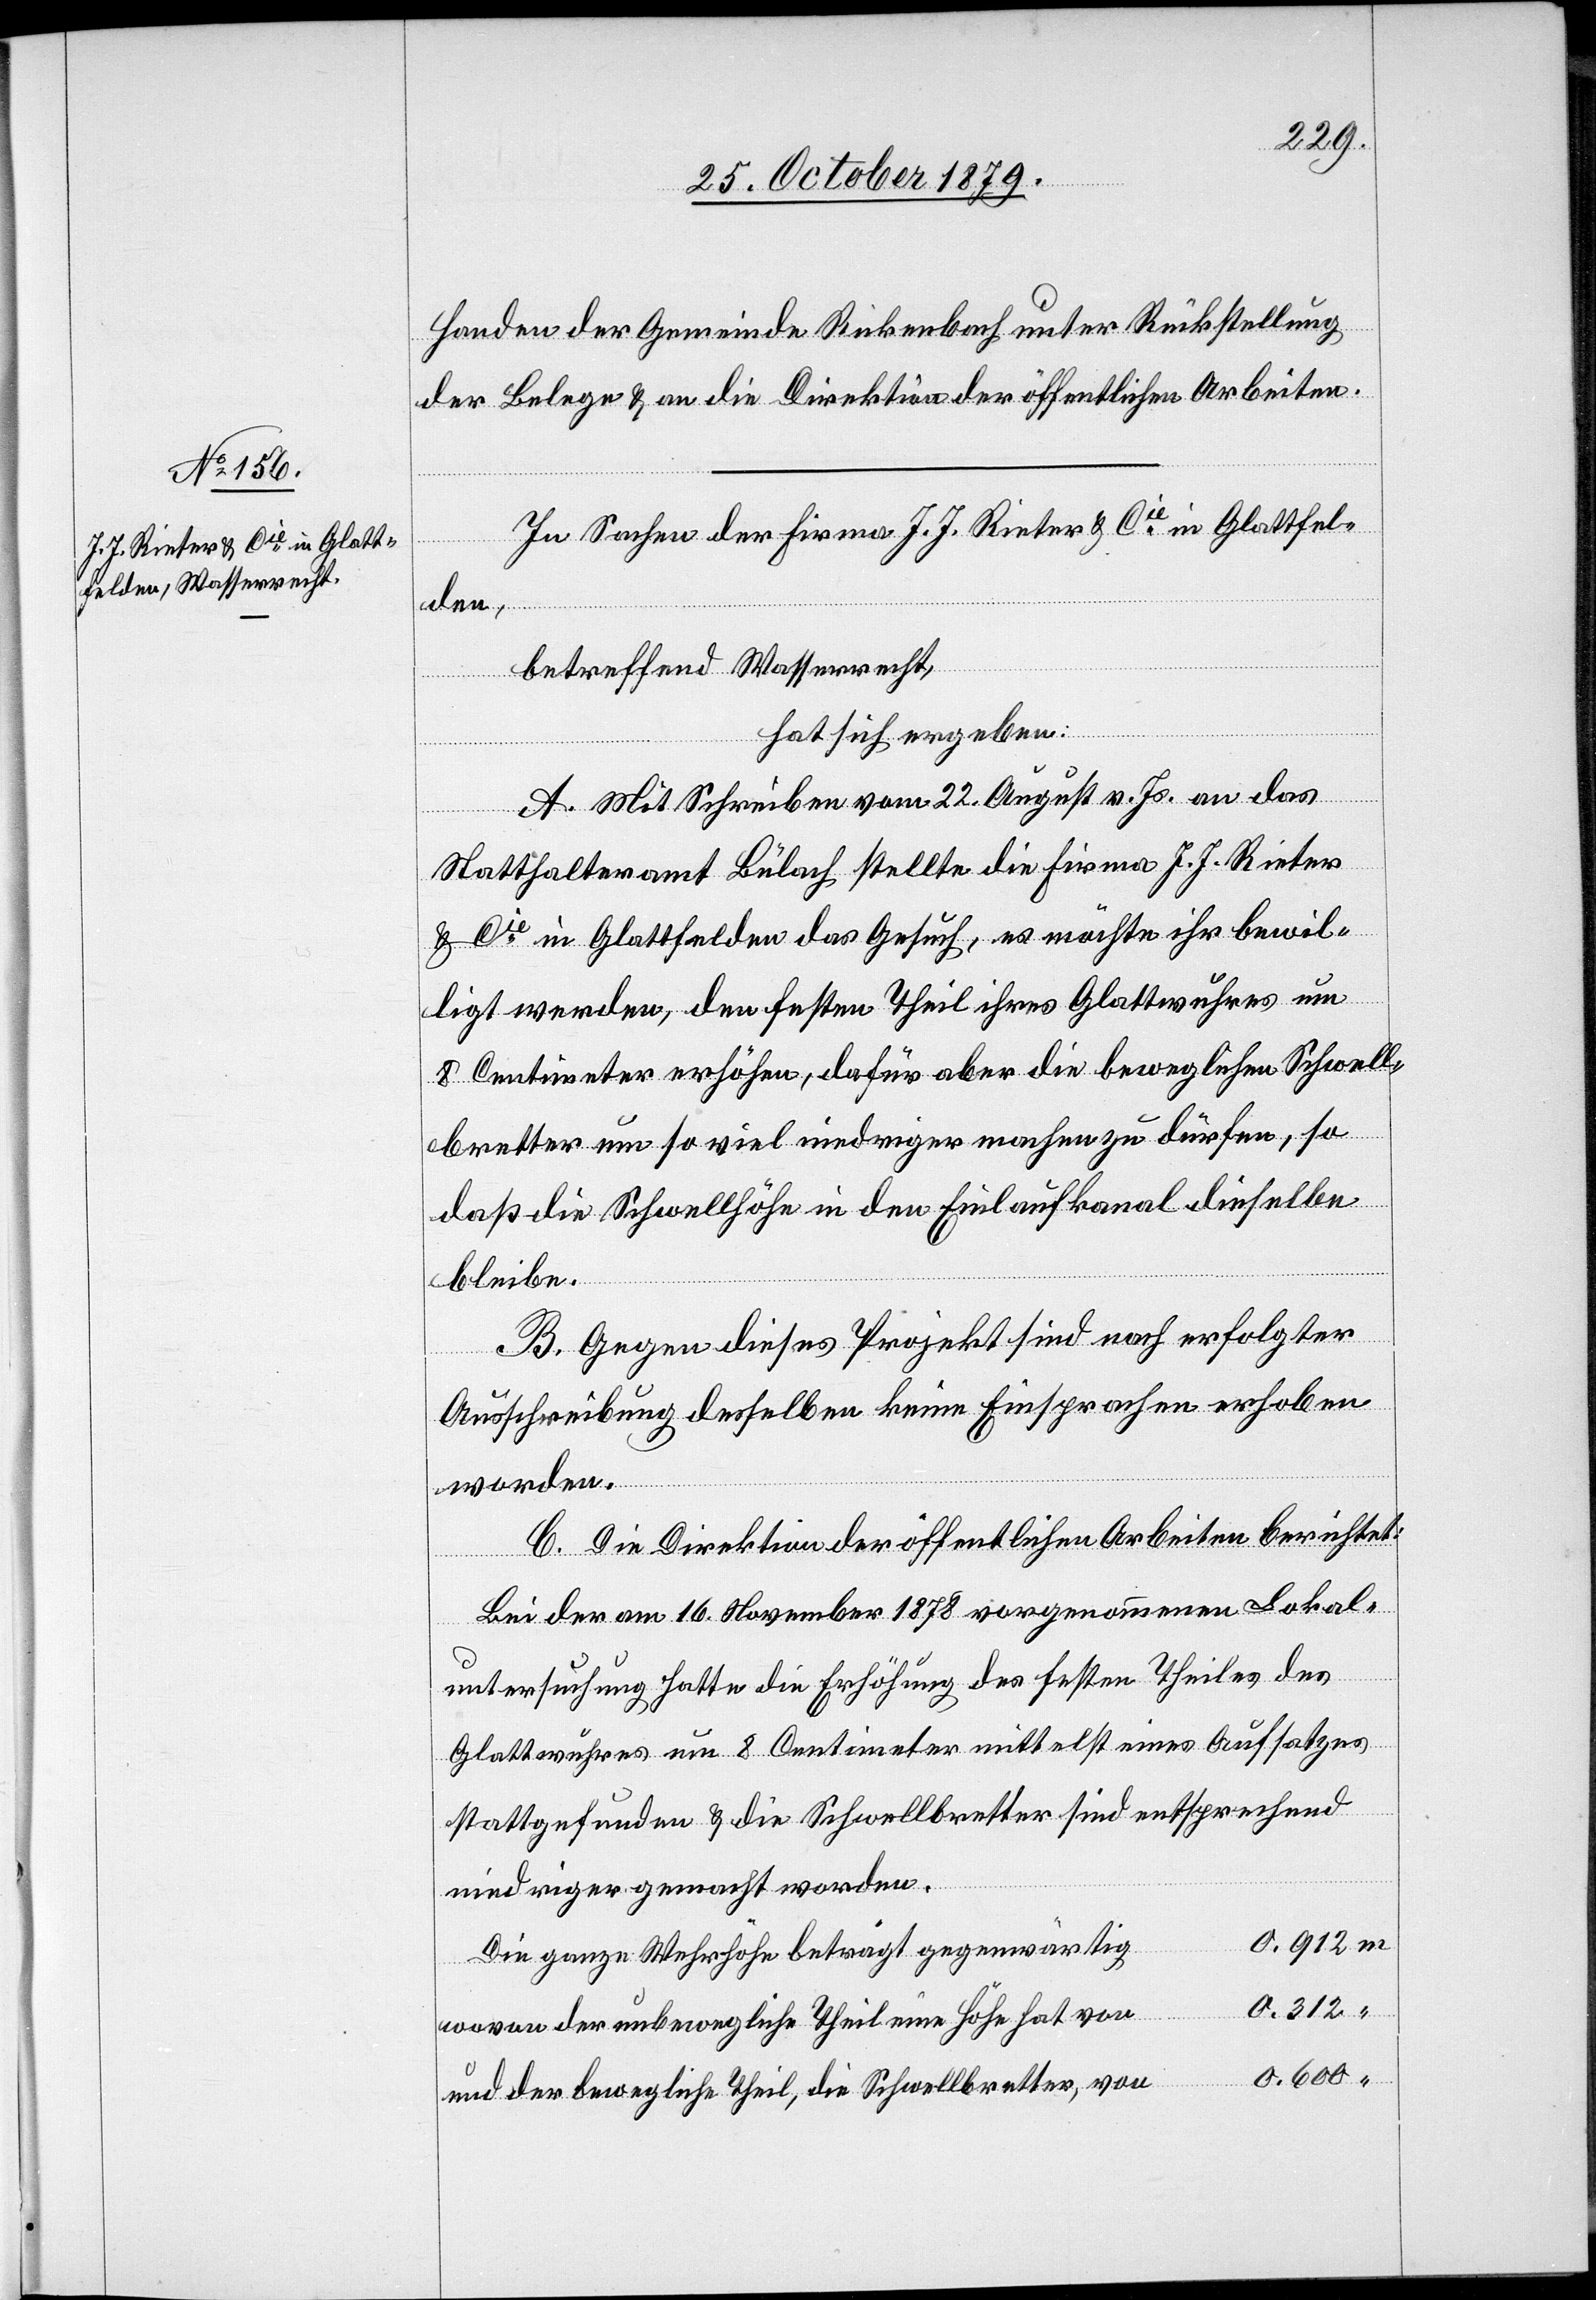
Handen der Gemeinde Rickenbach unter Rückstellung
der Belege & an die Direktion der öffentlichen Arbeiten.
In Sachen der Firma J. J. Rieter & Cie in Glattfel¬
den,
betreffend Wasserrecht,
hat sich ergeben:
A. Mit Schreiben vom 22. August v. Js. an das
Statthalteramt Bülach stellte die Firma J. J. Rieter
& Cie in Glattfelden das Gesuch, es möchte ihr bewil¬
ligt werden, den festen Theil ihres Glattwuhres um
8 Centimeter zu erhöhen, dafür aber die beweglichen Schwell¬
bretter um so viel niedriger machen zu dürfen, so
daß die Schwellhöhe in den Einlaufkanal dieselbe
bleibe.
B. Gegen dieses Projekt sind nach erfolgter
Ausschreibung desselben einige Einsprachen erhoben
“
worden.
C. Die Direktion der öffentlichen Arbeiten berichtet:
Bei der am16. November 1878 vorgenommenen Lokal¬
untersuchung hatte die Erhöhung des festen Theiles des
Glattwuhres um 8 Centimeter mittelst eines Aufsatzes
stattgefunden & die Schwellbretter sind entsprechend
niedriger gemacht worden.
0,912 m
Die ganze Wehrhöhe beträgt gegenwärtig
wovon der unbewegliche Theil eine Höhe hat von
und der bewegliche Theil, die Schwellbretter, von